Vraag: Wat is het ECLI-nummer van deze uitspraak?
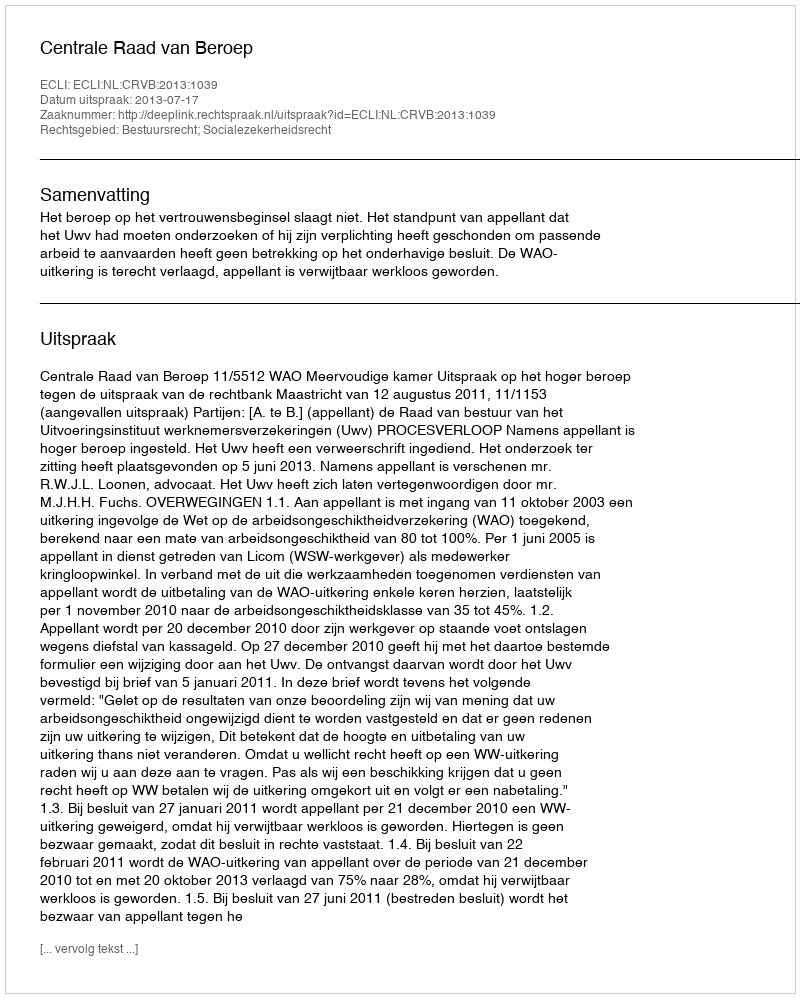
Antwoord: ECLI:NL:CRVB:2013:1039